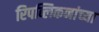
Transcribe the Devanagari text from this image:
रिपब्लिकनांच्या